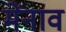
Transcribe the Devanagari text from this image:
मेंनाव